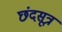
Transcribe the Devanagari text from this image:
छंदसूत्र